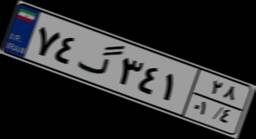
۷۴گ۳۴۱۲۸